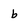
Character: b